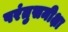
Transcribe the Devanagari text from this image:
परंतुसमीक्षा